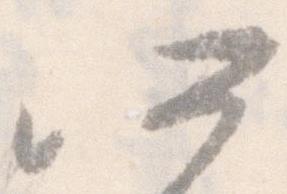
所